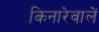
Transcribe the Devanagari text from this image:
किनारेवालें